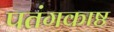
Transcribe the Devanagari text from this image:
पतंगकाष्ठ